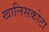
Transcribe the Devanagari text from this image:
खालिसकोटा